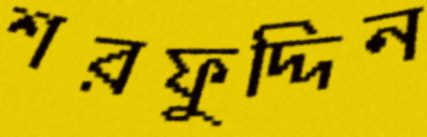
শরফুদ্দিন